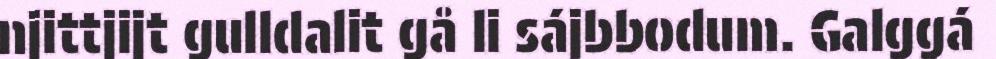
njittjijt gulldalit gå li sájbbodum. Galggá